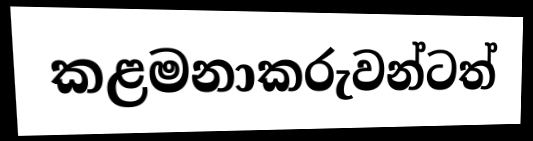
කළමනාකරුවන්ටත්